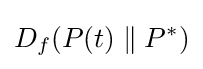
D_{f}(P(t)\parallel P^{*})